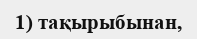
1) тақырыбынан,